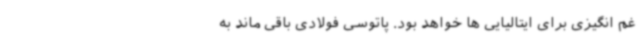
غم انگیزی برای ایتالیایی ها خواهد بود. پاتوسی فولادی باقی ماند به